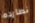
نطارده